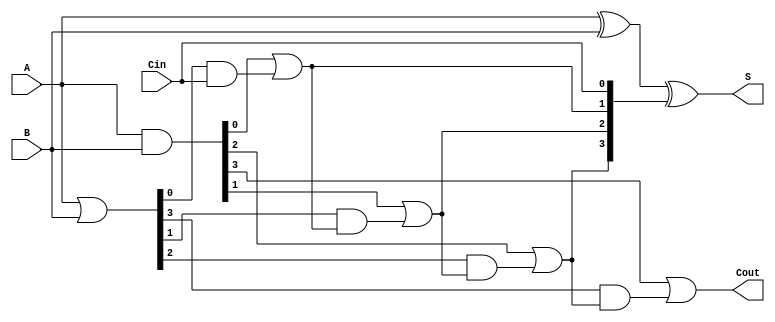
module CarryLookaheadAdder #(
    parameter N = 4  // Number of bits
)(
    input  [N-1:0] A,    // First n-bit input
    input  [N-1:0] B,    // Second n-bit input
    input         Cin,    // Carry-in
    output [N-1:0] S,     // Sum output
    output        Cout     // Carry-out
);

    // Generate and Propagate signals
    wire [N-1:0] G; // Generate signals
    wire [N-1:0] P; // Propagate signals
    wire [N:0] C;   // Carry signals

    // Generate and Propagate calculations
    assign G = A & B;          // G[i] = A[i] & B[i]
    assign P = A | B;          // P[i] = A[i] | B[i]

    // Carry calculations
    assign C[0] = Cin;         // C[0] = Cin
    genvar i;
    generate
        for (i = 0; i < N; i = i + 1) begin : carry_calc
            if (i == 0) begin
                assign C[i + 1] = G[i] | (P[i] & C[i]); // C[1] = G[0] | (P[0] & C[0])
            end else begin
                assign C[i + 1] = G[i] | (P[i] & C[i]); // C[i + 1] = G[i] | (P[i] & C[i])
            end
        end
    endgenerate

    // Sum calculations
    assign S = A ^ B ^ C[N-1:0]; // S[i] = A[i] ^ B[i] ^ C[i]

    // Carry-out
    assign Cout = C[N]; // Cout = C[n]

endmodule